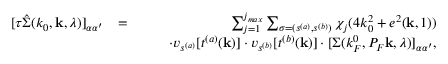
\begin{array} { r l r } { [ \tau \hat { \Sigma } ( k _ { 0 } , { \bf k } , \lambda ) ] _ { \alpha \alpha ^ { \prime } } } & { = } & { \sum _ { j = 1 } ^ { j _ { m a x } } \sum _ { \sigma = ( s ^ { ( a ) } , s ^ { ( b ) } ) } \chi _ { j } ( 4 k _ { 0 } ^ { 2 } + e ^ { 2 } ( { \bf k } , 1 ) ) } \\ & { } & { \quad \quad \cdot v _ { s ^ { ( a ) } } [ t ^ { ( a ) } ( { \bf k } ) ] \cdot v _ { s ^ { ( b ) } } [ t ^ { ( b ) } ( { \bf k } ) ] \cdot [ \Sigma ( k _ { F } ^ { 0 } , P _ { F } { \bf k } , \lambda ) ] _ { \alpha \alpha ^ { \prime } } , } \end{array}